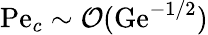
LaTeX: \mathrm{Pe}_{c}\sim{\cal O}(\mathrm{Ge}^{-1/2})